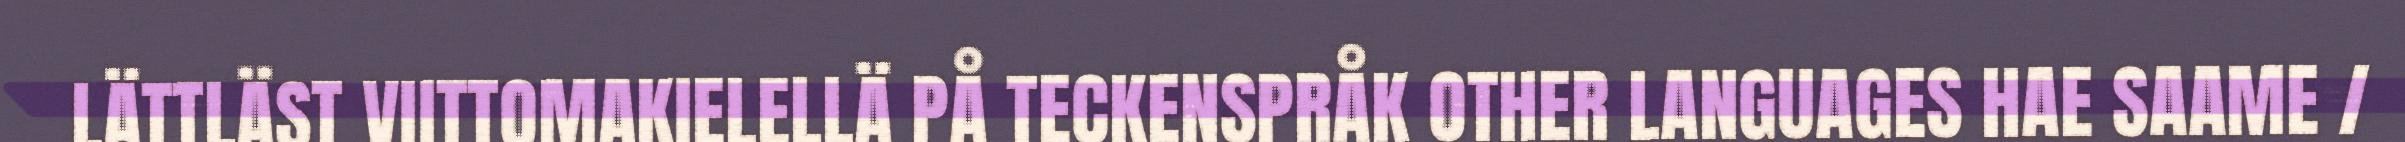
LÄTTLÄST VIITTOMAKIELELLÄ PÅ TECKENSPRÅK OTHER LANGUAGES HAE SAAME /